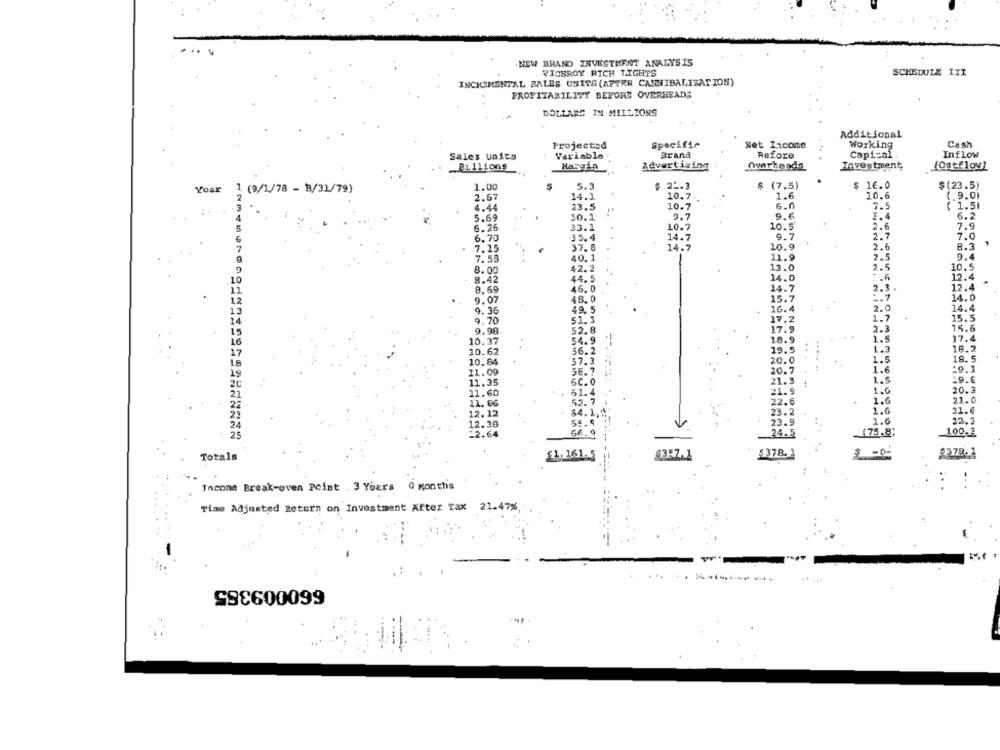
NEW BRAND INVESTMENT ANALYSIS
VICEROY RICH LIGHTS
SCHEDULE IYI
INCREMENTAL BALES UNITS (AFTER CANNIBALIZATION)
PROFITABILITY BEFORE OVERHEADS
DOLLARS IN MILLIONS
Additional
Projected
Specific
Net Income
Working
Cash
Sales Units
Variable
Brand
Refore
Capital
Inflow
Advertising
Overheads
Investment
(Outflow)
Billions
Hasgin
Yoar
1.00
5.3
$ 22.3
$ (7.5)
$ 16.0
$(23.5)
1 (9/1/78 - 8/31/79)
2
2.67
14.1
1.6
10.6
10.7 ..
(.9.0
4.44
23.5
10.7
6.0
7.5
( 1.51
5.69
30.1
9.7
5.4
6.2
10.7
10.5'
2.6
5
6.26
33.1
7.9
6
6.70
35.4
14.7
9.7
2.7
7.0
7.15
37.0
14.7
10.9
2.6
8.3
7
11.9
9.4
7.53
40.1
2.5
8.00
42.2
12.0
2.5
10.5
44.5
:. 6
12.4
8.42
8.69
46.0
2.3.
12.4
1.2
9.07
48.0
=. 7
14.0
2.0
14.4
13
9.36
49.5
9.70
51.3
1.7
15.5
9.98
52.8
2.3
15.6
1.5
17.4
10.37
54.9
18.9
10.62
56.2
19.5
1.3
18.2
10.84
37.3
20.0
1.5
18. 5
18
1.6
19
11.09
56.7
20.7
:9.1
11.35
6C. 0
1.5
19.6
21
1.6
20.3
11.60
61.4
11.06
55.7
22.
1.6
21.0
1.6
21.€
84.1
1.6
22.3
24
23.9
25
24.5
(75.8;
100.2
Totals
$1.161.5
$378.
2378.1
Incons Break-even Point . 3 Years 0 Months
Time Adjusted Return on Investment After Tax 21.47%
SSC600099